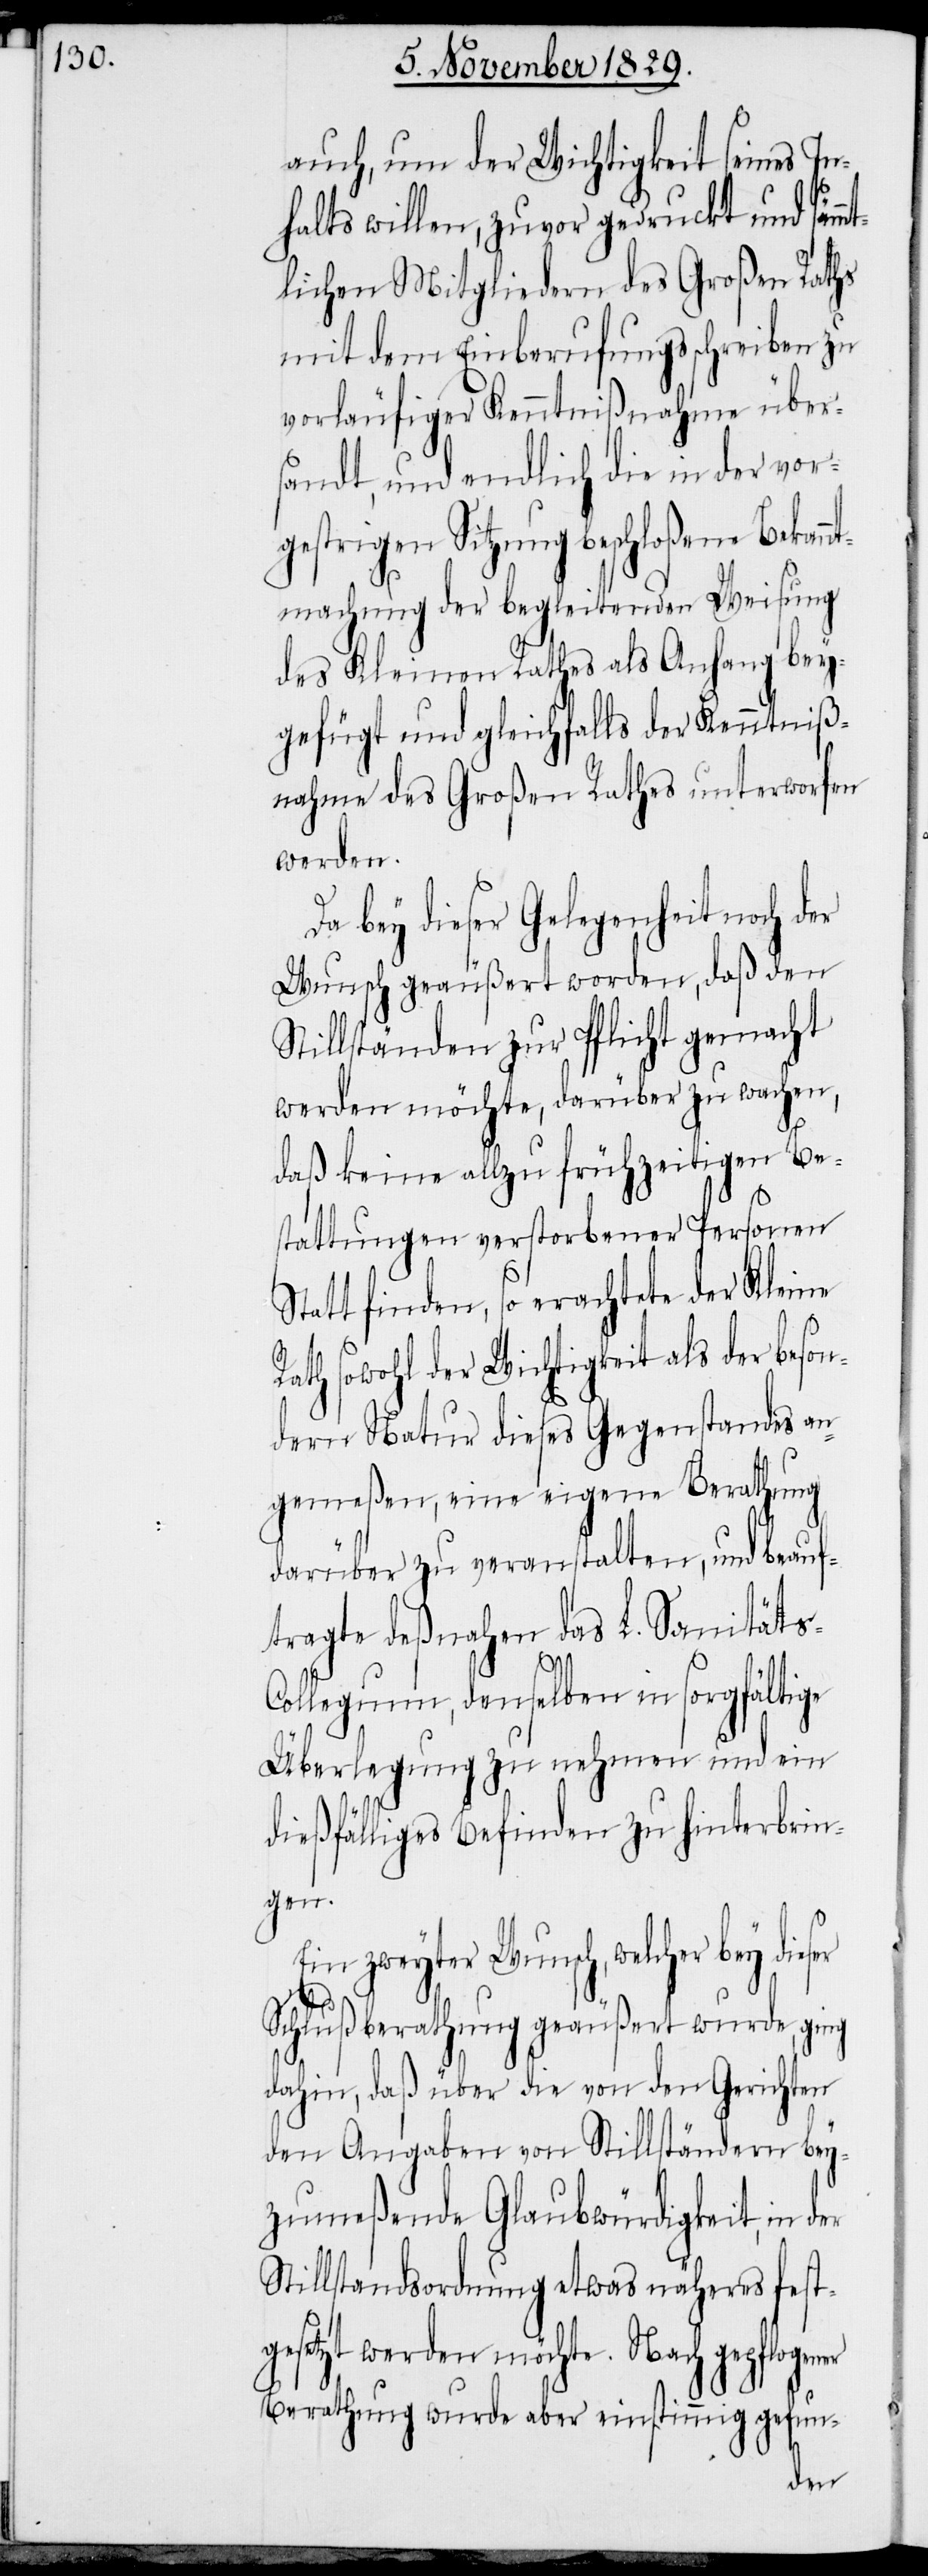
auch, um der Wichtigkeit seines In¬
halts willen, zuvor gedruckt und sämm¬
tlichen Mitgliedern des Großen Raths
mit dem Einberufungsschreiben zu
vorläufiger Kenntnißnahme über¬
sandt, und endlich die in der vor¬
gestrigen Sitzung beschloßene Bekann¬
tmachung der begleitenden Weisung
des Kleinen Rathes als Anhang bey¬
gefügt und gleichfalls der Kenntniß¬
nahme des Großen Rathes unterworfen
werden.
Da bey dieser Gelegenheit noch der
Wunsch geäußert worden, daß den
Stillständen zur Pflicht gemacht
werden möchte, darüber zu wachen,
daß keine allzufrühzeitigen Be¬
stattungen verstorbener Personen
Statt finden, so erachtete der Kleine
Rath sowohl der Wichtigkeit als der beson¬
dern Natur dieses Gegenstandes an¬
gemeßen, eine eigene Berathung
darüber zu veranstalten, und beauf¬
tragte deßnahen das L. Sanitäts-C¬
ollegium, denselben in sorgfältige
Überlegung zu nehmen und ein
dießfälliges Befinden zu hinterbrin¬
gen.
Ein zweyter Wunsch, welcher bey die¬
Schlußberathung geäußert wurde, gi¬
dahin, daß über die von den Gerichten
den Angaben von Stillständen bey¬
zumeßende Glaubwürdigkeit, in der
Stillstandsordnung etwas näheres fest¬
gesetzt werden möchte. Nach gepflogen¬
Berathung wurde aber einstimmig gefun-
er